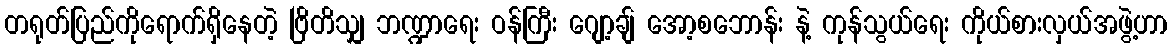
တရုတ်ပြည်ကိုရောက်ရှိနေတဲ့ ဗြိတိသျှ ဘဏ္ဍာရေး ဝန်ကြီး ဂျော့ချ် အော့စဘောန်း နဲ့ ကုန်သွယ်ရေး ကိုယ်စားလှယ်အဖွဲ့ဟာ